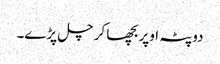
دوپٹہ اوپر بچھا کر چل پڑے۔